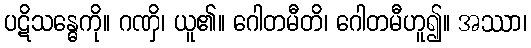
ပဋိသန္ဓေကို။ ဂဏှိ၊ ယူ၏။ ဂေါတမီတိ၊ ဂေါတမီဟူ၍။ အဿာ၊